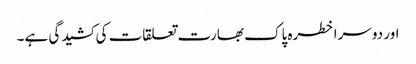
اور دوسرا خطرہ پاک بھارت تعلقات کی کشیدگی ہے۔